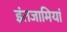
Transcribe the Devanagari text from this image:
इंतजामियां